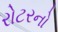
રોટરનો